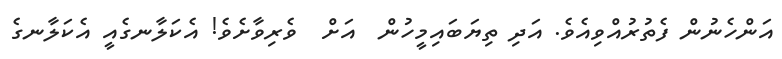
އަންހެނުން ފެތުރުއްވިއެވެ. އަދި ތިޔަބައިމީހުން  އަށް  ވެރިވާށެވެ! އެކަލާނގެއީ އެކަލާނގެ